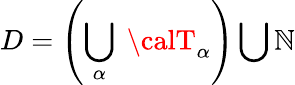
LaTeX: D=\left(\bigcup_{\alpha}\ {\calT}_{\alpha}\right)\bigcup{\cal\mathbb{N}}